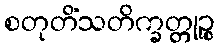
စတုတိံသတိက္ခတ္တုဉ္စ